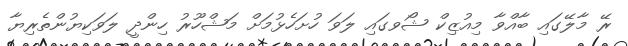
ރޭ މާލޭގައި ބާއްވާ މިއުޒިކް ޝޯވގައި ލަވަ ހުށަހެޅުމަށް މަޝްހޫރު ހިންދީ ލަވަކިޔުންތެރިޔާ